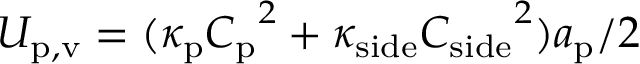
U _ { \mathrm { p , v } } = ( \kappa _ { \mathrm { p } } { C _ { \mathrm { p } } } ^ { 2 } + \kappa _ { \mathrm { s i d e } } { C _ { \mathrm { s i d e } } } ^ { 2 } ) a _ { \mathrm { p } } / 2